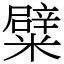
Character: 糪